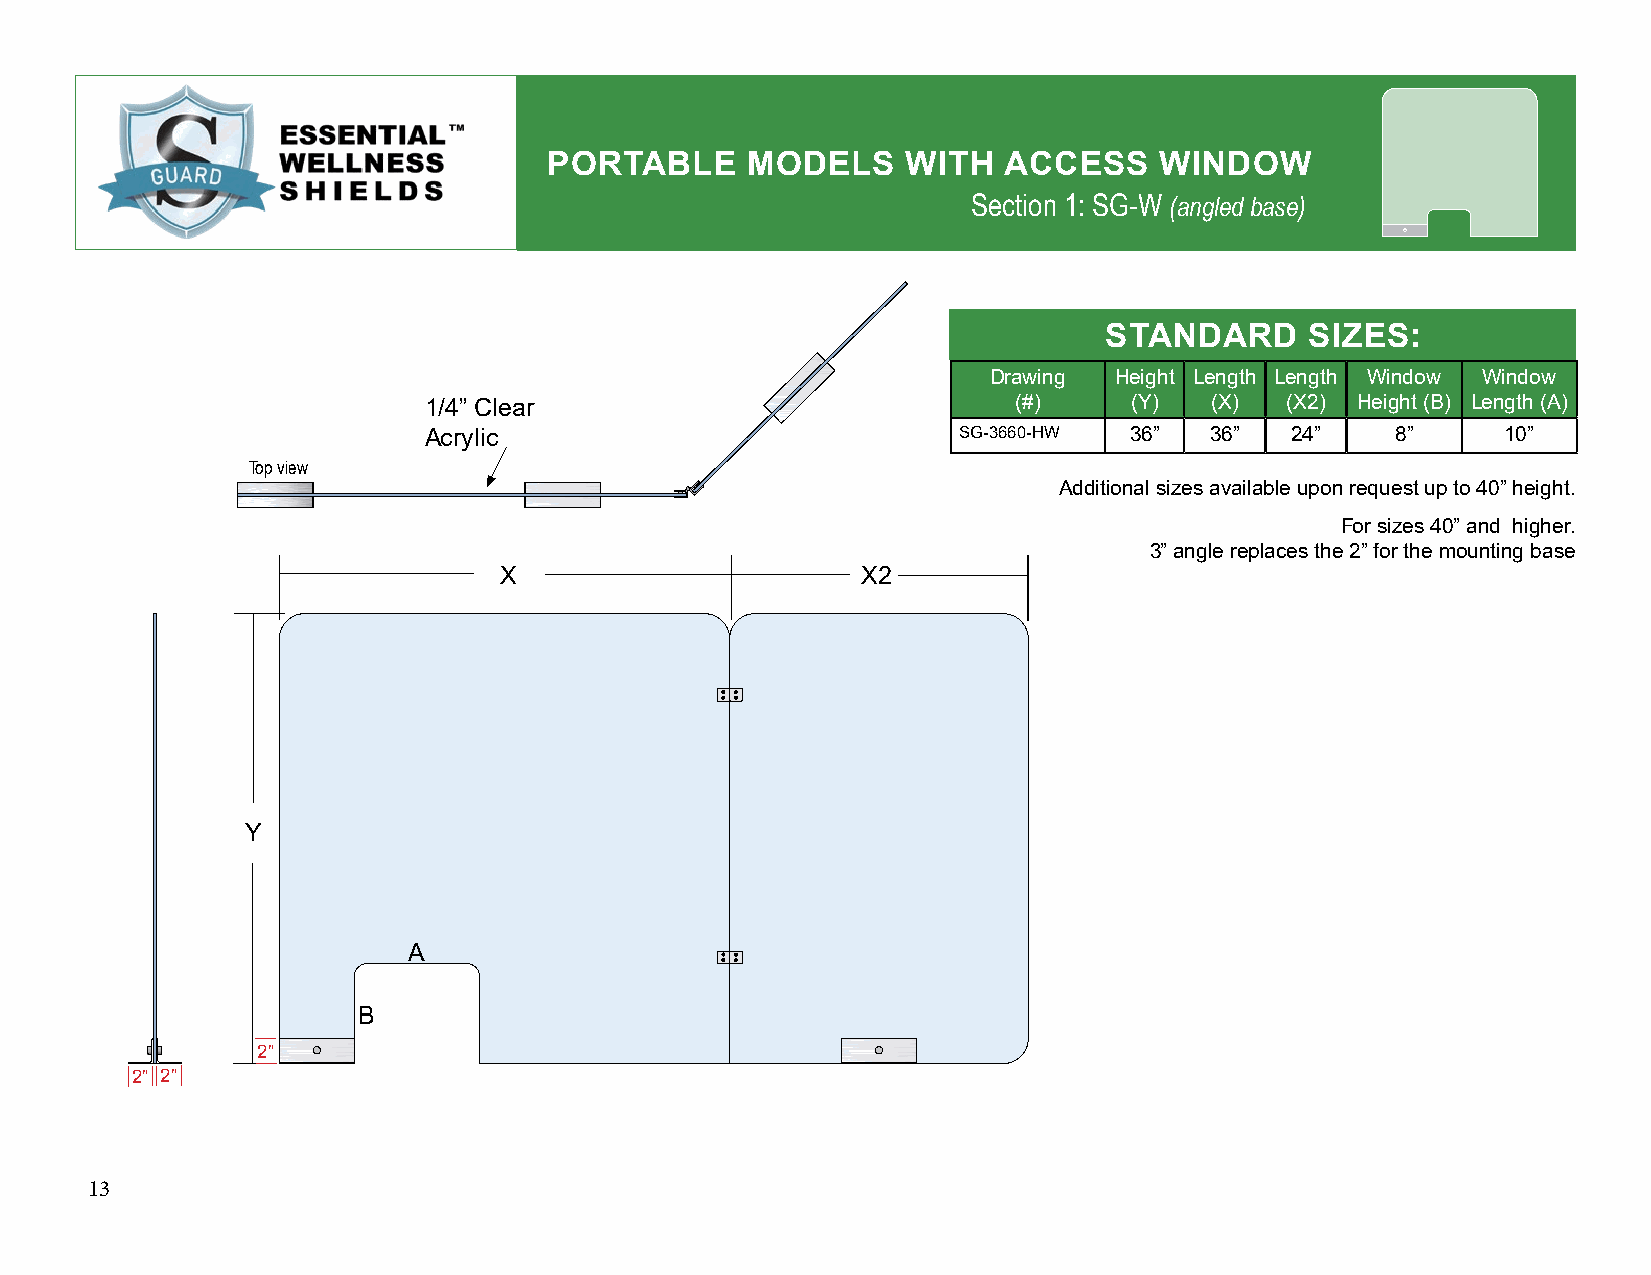
PORTABLE     MODELS     WITH  ACCESS     WINDOW
 Section 1: SG-W (angled base)
 STANDARD      SIZES:
 Drawing  Height Length Length Window Window
 1/4” Clear                             (#)     (Y)  (X)  (X2) Height (B) Length (A)
 Acrylic                            SG-3660-HW  36”  36”  24”    8”      10”
 Top view
 Additional sizes available upon request up to 40” height.
 For sizes 40” and higher.
 3” angle replaces the 2” for the mounting base
 X                       X2
 Y
 A
 B
 2”
 2” 2”
 13